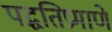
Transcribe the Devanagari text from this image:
पद्धतिप्रमाणे